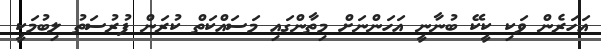
އަހަރެން ވަކި ކީކޭ ބުނާނީ އަހަންނަށް މިތާންގައި މަސައްކަތް ކުރަން ފުރުސަތު ލިބުމަކީ